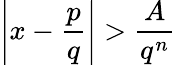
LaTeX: \left|x-{\frac{p}{q}}\right|>{\frac{A}{q^{n}}}